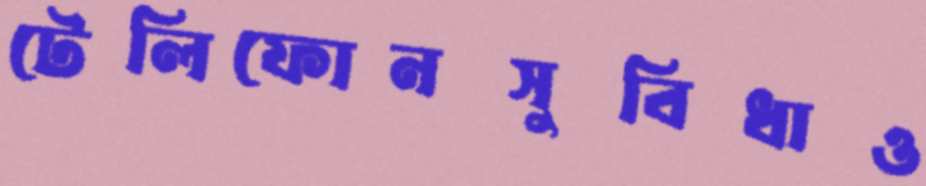
টেলিফোনসুবিধাও